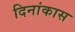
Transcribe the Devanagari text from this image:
दिनांकास